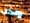
ولكن